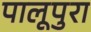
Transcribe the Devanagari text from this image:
पालूपुरा